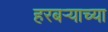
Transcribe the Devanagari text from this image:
हरबऱ्याच्या